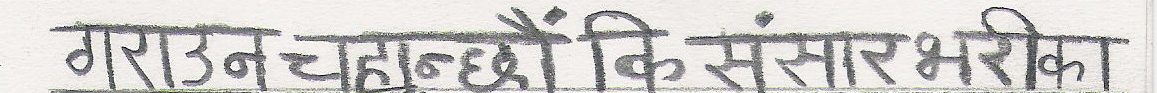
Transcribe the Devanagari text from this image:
गराउन चाहन्छौ कि संसार भरिका